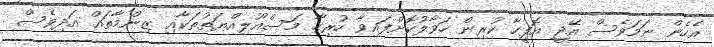
އެހެން ނަމަވެސް އޭޖީ އޮފީހާ ކުރިން ހަވާލުކޮށްފައިވާ ހުރިހާ މަސްއޫލިއްޔަތުތަކާއި ޒިންމާތައް އަދިވެސް